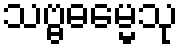
သဗ္ဗဓမ္မေသု